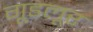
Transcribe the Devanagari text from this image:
गूडलूर